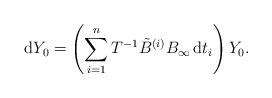
LaTeX: \begin{align*} {\rm d}Y_0=\left(\sum_{i=1}^n T^{-1}\tilde{B}^{(i)}B_{\infty}\,{\rm d}t_i\right)Y_0. \end{align*}